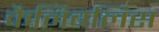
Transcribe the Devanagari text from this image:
कैनिबलिस